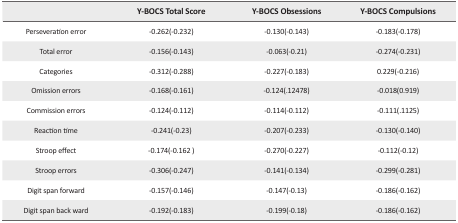
<table><thead><tr><td></td><td><b>Y-BOCS Total Score</b></td><td><b>Y-BOCS Obsessions</b></td><td><b>Y-BOCS Compulsions</b></td></tr></thead><tbody><tr><td>Perseveration error</td><td>−0.262(−0.232)</td><td>−0.130(−0.143)</td><td>−0.183(−0.178)</td></tr><tr><td>Total error</td><td>−0.156(−0.143)</td><td>−0.063(−0.21)</td><td>−0.274(−0.231)</td></tr><tr><td>Categories</td><td>−0.312(−0.288)</td><td>−0.227(−0.183)</td><td>0.229(−0.216)</td></tr><tr><td>Omission errors</td><td>−0.168(−0.161)</td><td>−0.124(.12478)</td><td>−0.018(0.919)</td></tr><tr><td>Commission errors</td><td>−0.124(−0.112)</td><td>−0.114(−0.112)</td><td>−0.111(.1125)</td></tr><tr><td>Reaction time</td><td>−0.241(−0.23)</td><td>−0.207(−0.233)</td><td>−0.130(−0.140)</td></tr><tr><td>Stroop effect</td><td>−0.174(−0.162 )</td><td>−0.270(−0.227)</td><td>−0.112(−0.12)</td></tr><tr><td>Stroop errors</td><td>−0.306(−0.247)</td><td>−0.141(−0.134)</td><td>−0.299(−0.281)</td></tr><tr><td>Digit span forward</td><td>−0.157(−0.146)</td><td>−0.147(−0.13)</td><td>−0.186(−0.162)</td></tr><tr><td>Digit span back ward</td><td>−0.192(−0.183)</td><td>−0.199(−0.18)</td><td>−0.186(−0.162)</td></tr></tbody></table>